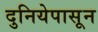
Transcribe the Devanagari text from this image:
दुनियेपासून